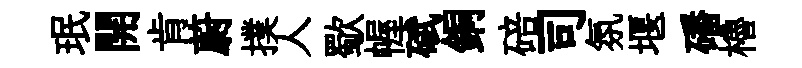
珉開肯蔚撲人歜幄碔銅碚司氛堰磻櫓